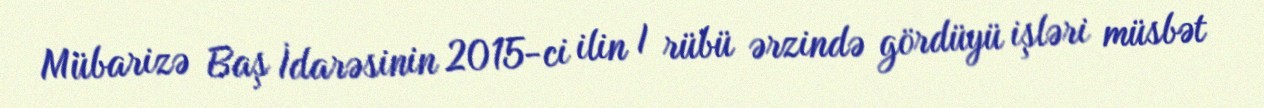
Mübarizə Baş İdarəsinin 2015-ci ilin I rübü ərzində gördüyü işləri müsbət